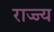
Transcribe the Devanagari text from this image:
राज्ज्य